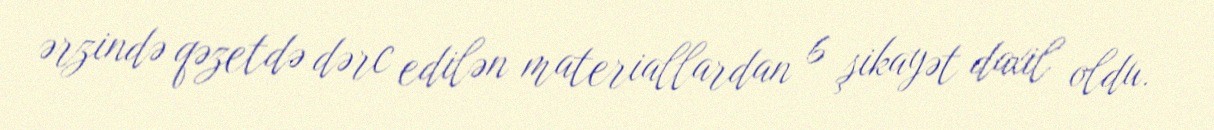
ərzində qəzetdə dərc edilən materiallardan 6 şikayət daxil oldu.